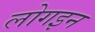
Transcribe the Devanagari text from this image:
लोगइन